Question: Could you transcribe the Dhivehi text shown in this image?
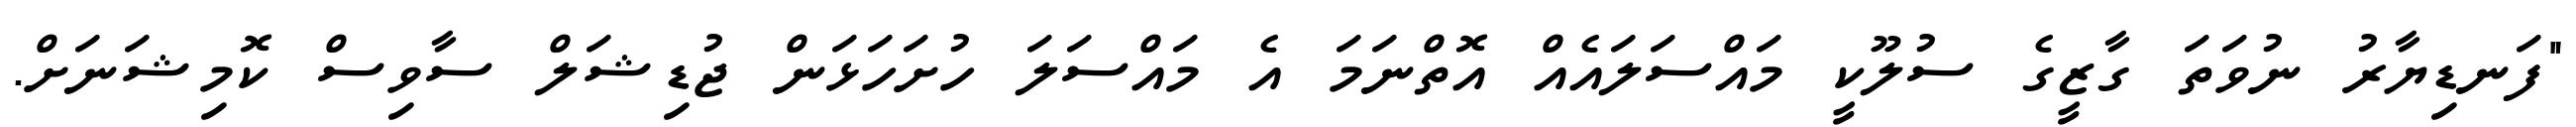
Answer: "ފަނޑިޔާރު ނުވަތަ ގާޒީގެ ސުލޫކީ މައްސަލައެއް އޮތްނަމަ އެ މައްސަލަ ހުށަހަޅަން ޖުޑިޝަލް ސާވިސް ކޮމިޝަނަށް.